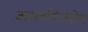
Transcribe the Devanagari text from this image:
अम्लपितरोग